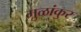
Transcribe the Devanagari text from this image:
मुळांकुर